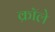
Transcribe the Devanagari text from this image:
क्रॉले